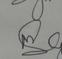
Signature authenticity: genuine